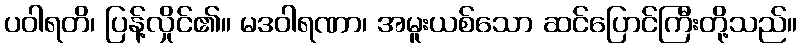
ပဝါရတိ၊ ပြန့်လှိုင်၏။ မဒဝါရဏာ၊ အမူးယစ်သော ဆင်ပြောင်ကြီးတို့သည်။